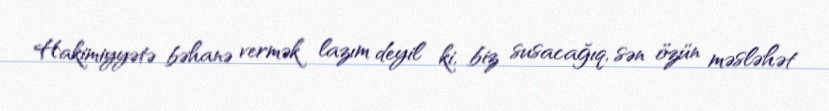
Hakimiyyətə bəhanə vermək lazım deyil ki, biz susacağıq, sən özün məsləhət